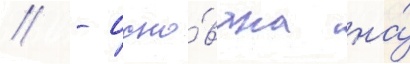
// - осно́вана на́